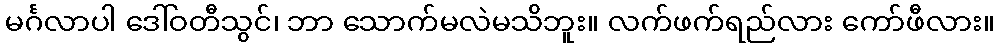
မင်္ဂလာပါ ဒေါ်ဝတီသွင်၊ ဘာ သောက်မလဲမသိဘူး။ လက်ဖက်ရည်လား ကော်ဖီလား။